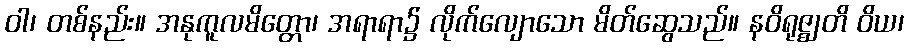
ဝါ၊ တစ်နည်း။ အနုကူလမိတ္တော၊ အရာရာ၌ လိုက်လျောသော မိတ်ဆွေသည်။ နဝိရုဇ္ဈတိ ဝိယ၊